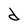
Character: d